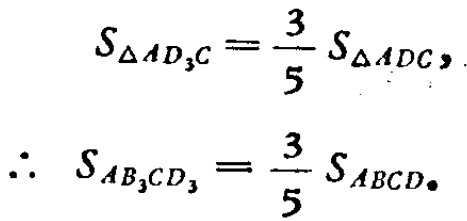
\[
S_{\triangle AD_{3}C}=\frac{3}{5}S_{\triangle ADC},
\]
\[
\therefore\ S_{AB_{3}CD_{3}}=\frac{3}{5}S_{ABCD}.
\]